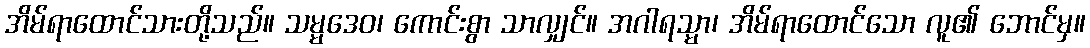
အိမ်ရာထောင်သားတို့သည်။ သမ္မဒေဝ၊ ကောင်းစွာ သာလျှင်။ အဂါရသ္မာ၊ အိမ်ရာထောင်သော လူ၏ ဘောင်မှ။